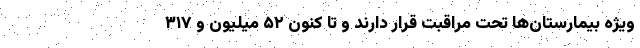
ویژه بیمارستان‌ها تحت مراقبت قرار دارند و تا کنون ۵۲ میلیون و ۳۱۷